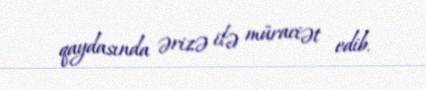
qaydasında ərizə ilə müraciət edib.